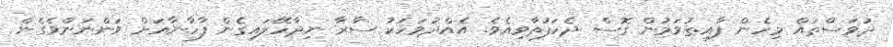
ދުވަސްތައް މިހެން ފާއިތުވަމުން ގޮސް ދެހަފުތާވިއެވެ. އެއްދުވަހަކު ސާރާ ނިދާހޭލައިގެން ފާހާނާއަށް ވަންނަންވެގެން